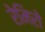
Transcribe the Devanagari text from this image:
रेमिरो